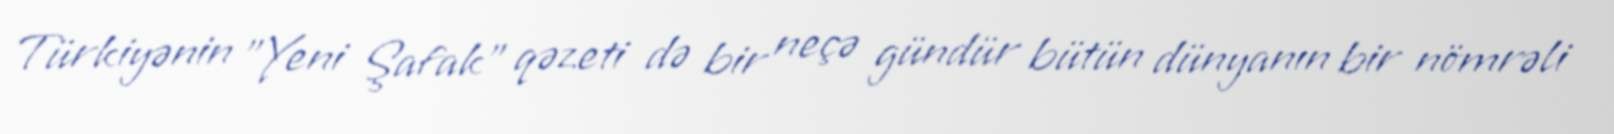
Türkiyənin "Yeni Şafak" qəzeti də bir neçə gündür bütün dünyanın bir nömrəli